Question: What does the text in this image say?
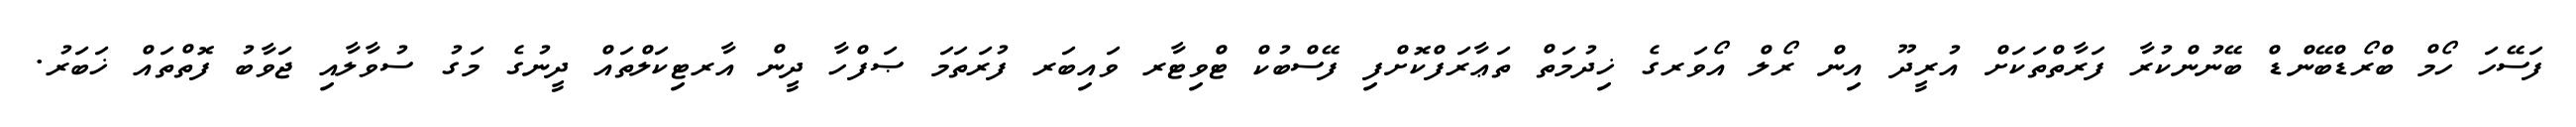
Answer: ފަސޭހަ ހޯމް ބްރޯޑްބޭންޑް ބޭނުންކުރާ ފަރާތްތަކަށް އުރީދޫ އިން ރޯލް އޯވަރގެ ޚިދުމަތް ތަޢާރަފްކޮށްފި ފޭސްބުކް ޓްވިޓާރ ވައިބަރ ފުރަތަމަ ޞަފްހާ ދީން އާރޓިކަލްތައް ދީނުގެ މަގު ސުވާލާއި ޖަވާބު ފޮތްތައް ޚަބަރު.